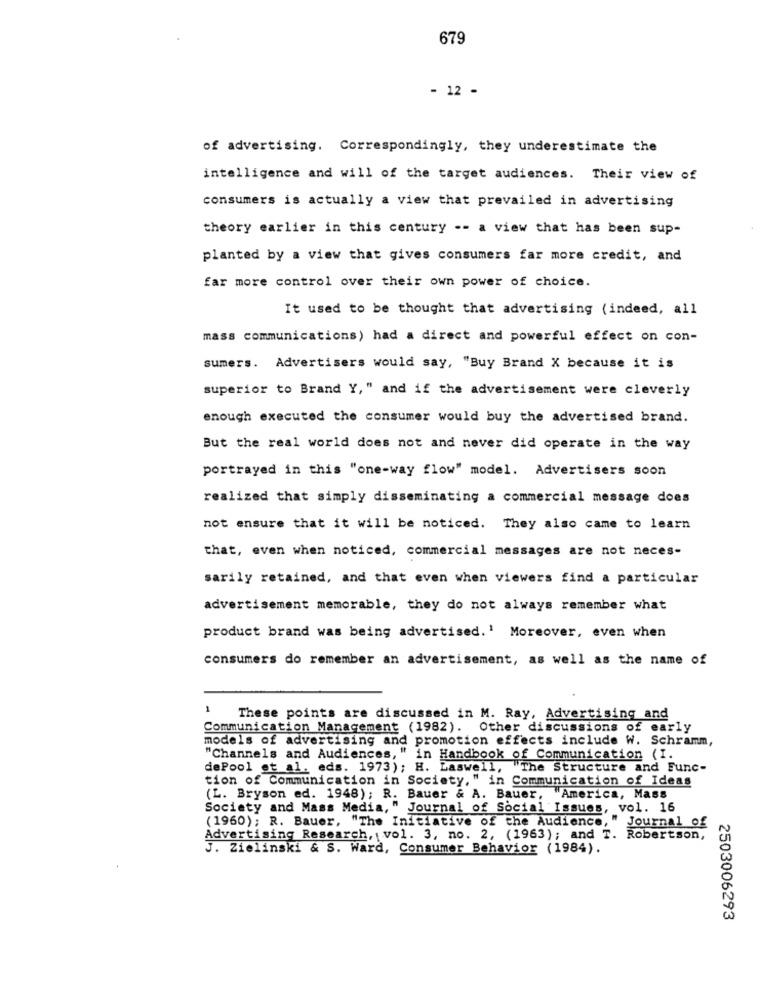
679
- 12 -
of advertising. Correspondingly, they underestimate the
intelligence and will of the target audiences. Their view of
consumers is actually a view that prevailed in advertising
theory earlier in this century -- a view that has been sup-
planted by a view that gives consumers far more credit, and
far more control over their own power of choice.
It used to be thought that advertising (indeed, all
mass communications) had a direct and powerful effect on con-
sumers. Advertisers would say, "Buy Brand X because it is
superior to Brand Y," and if the advertisement were cleverly
enough executed the consumer would buy the advertised brand.
But the real world does not and never did operate in the way
portrayed in this "one-way flow" model. Advertisers soon
realized that simply disseminating a commercial message does
not ensure that it will be noticed. They also came to learn
that, even when noticed, commercial messages are not neces-
sarily retained, and that even when viewers find a particular
advertisement memorable, they do not always remember what
product brand was being advertised.' Moreover, even when
consumers do remember an advertisement, as well as the name of
1
These points are discussed in M. Ray, Advertising and
Communication Management (1982). Other discussions of early
models of advertising and promotion effects include W. Schramm,
"Channels and Audiences," in Handbook of Communication (I.
dePool et al. eds. 1973); H. Laswell, "The Structure and Func-
tion of Communication in Society," in Communication of Ideas
(L. Bryson ed. 1948); R. Bauer & A. Bauer, "America, Mass
Society and Mass Media," Journal of Social Issues, vol. 16
(1960); R. Bauer, "The Initiative of the Audience, " Journal of
Advertising Research, vol. 3, no. 2, (1963); and T. Robertson,
J. Zielinski & S. Ward, Consumer Behavior (1984).
2503006293